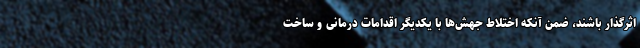
اثرگذار باشند، ضمن آنکه اختلاط جهش‌ها با یکدیگر اقدامات درمانی و ساخت